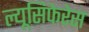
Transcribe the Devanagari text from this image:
ल्यूसिफेरेस